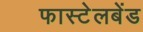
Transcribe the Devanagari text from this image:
फास्टेलबेंड